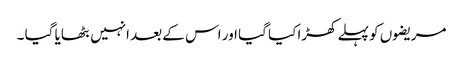
مریضوں کو پہلے کھڑا کیا گیا اور اس کے بعد انہیں بٹھایا گیا ۔